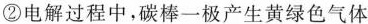
②电解过程中，碳棒一极产生黄绿色气体